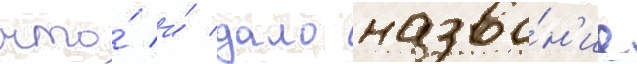
что́ и́ дало назва́н'ие